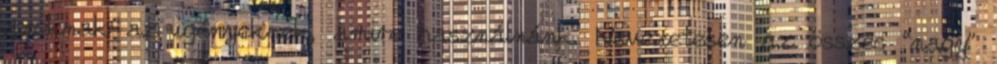
azoknak az igényeknek, amire használnánk. Nevezetesen az összes “nagy”